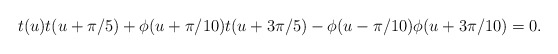
\begin{align*}t(u) t(u+\pi/5) + \phi(u+\pi/10) t(u+3\pi/5) - \phi(u-\pi/10) \phi(u+3 \pi/10)=0.\end{align*}